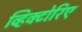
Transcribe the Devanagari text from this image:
व्हिक्टोरिए